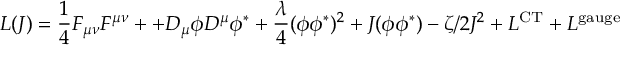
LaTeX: { \cal L } ( J ) = \frac { 1 } { 4 } F _ { \mu \nu } F ^ { \mu \nu } + + { \cal D } _ { \mu } \phi { \cal D } ^ { \mu } \phi ^ { * } + \frac { \lambda } { 4 } ( \phi \phi ^ { * } ) ^ { 2 } + J ( \phi \phi ^ { * } ) - \zeta / 2 J ^ { 2 } + { \cal L } ^ { \mathrm { C T } } + { \cal L } ^ { \mathrm { g a u g e } }